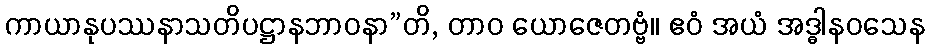
ကာယာနုပဿနာသတိပဋ္ဌာနဘာဝနာ”တိ, တာဝ ယောဇေတဗ္ဗံ။ ဧဝံ အယံ အဒ္ဓါနဝသေန